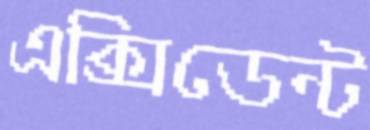
এক্সিডেন্ট